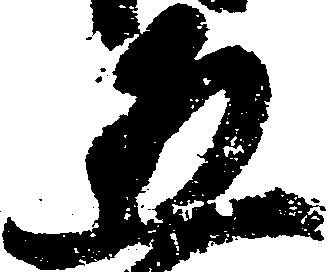
五